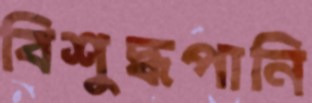
বিশুদ্ধপানি